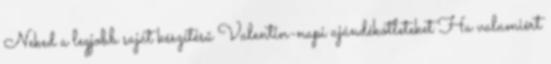
Neked a legjobb saját készítésű Valentin-napi ajándékötleteket Ha valamiért